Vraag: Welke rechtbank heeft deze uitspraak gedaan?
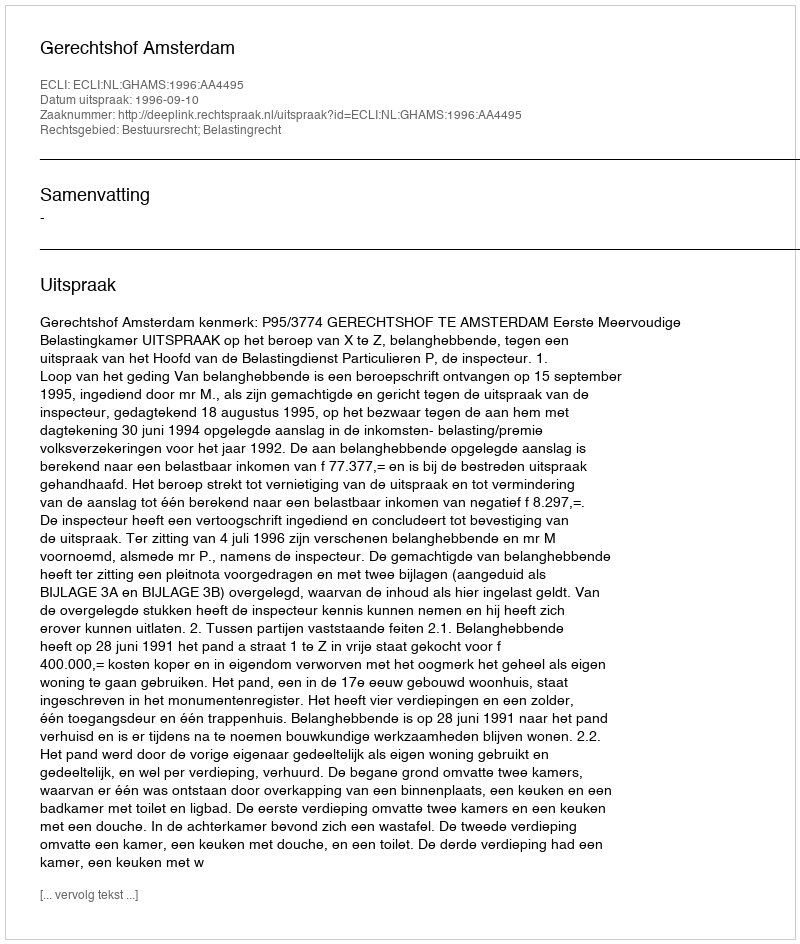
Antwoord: Gerechtshof Amsterdam